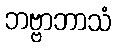
ဘဗ္ဗာဘာသံ